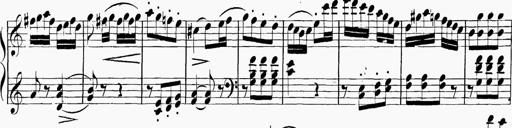
Title: 6 Sonatinas
Composer: Carl Reinecke